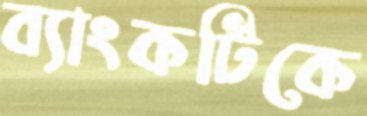
ব্যাংকটিকে